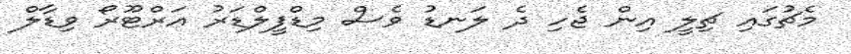
މެޗުގައި ޗިލީ އިން ޖެހި ދެ ލަނޑު ވެސް މިޑްފީލްޑަރު އަރްޓޫރޯ ވިޑާލް